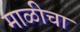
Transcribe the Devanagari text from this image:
माळीचा